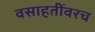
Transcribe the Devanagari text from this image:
वसाहतींवरच